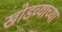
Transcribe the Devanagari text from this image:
खोडव्याच्या